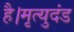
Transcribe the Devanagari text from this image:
है।मृत्युदंड